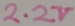
Text: 2.2V